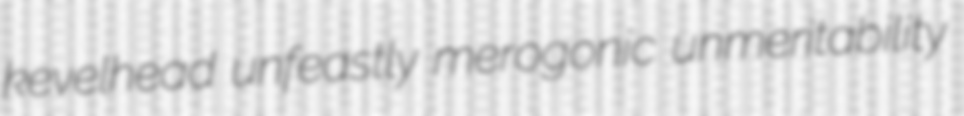
kevelhead unfeastly merogonic unmeritability